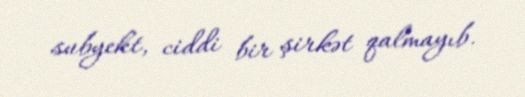
subyekt, ciddi bir şirkət qalmayıb.